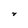
Character: v